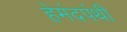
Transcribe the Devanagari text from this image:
हेमंदपंथी